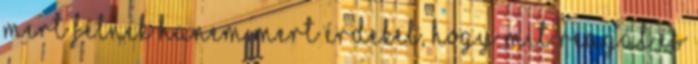
mert félnék hanem mert érdekel, hogy mit reagál és